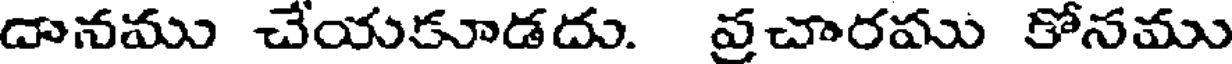
దానము చేయకూడదు. వ్రచారము కోసము